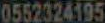
0552324195